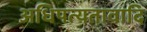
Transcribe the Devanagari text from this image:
अधिपत्यतावादि